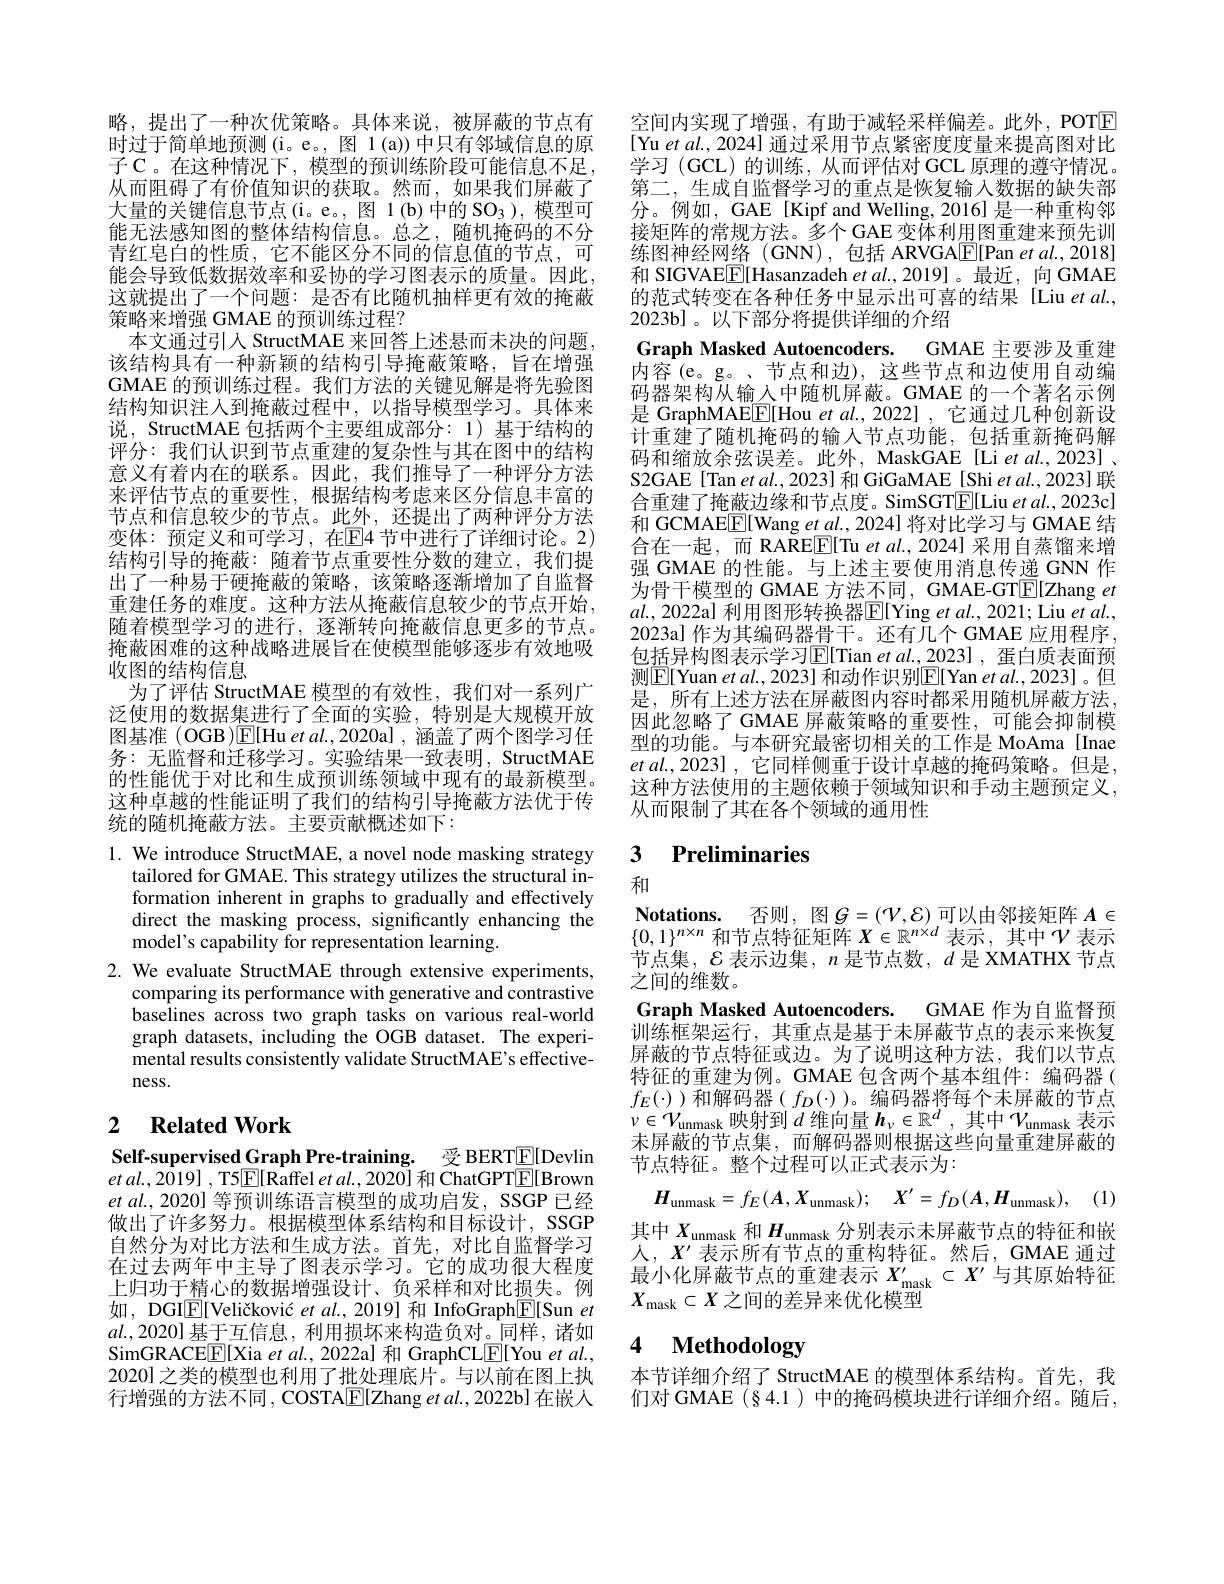
略，提出了一种次优策略。具体来说，被屏蔽的节点有时过于简单地预测(i。e。, 图 1(a))中只有邻域信息的原子 C。在这种情况下，模型的预训练阶段可能信息不足从而阻碍了有价值知识的获取。然而，如果我们屏蔽了大量的关键信息节点(i。e。,图1(b)中的SO_3),模型可能无法感知图的整体结构信息。总之，随机掩码的不分青红皂白的性质，它不能区分不同的信息值的节点，可能会导致低数据效率和妥协的学习图表示的质量。因此， 这就提出了一个问题：是否有比随机抽样更有效的掩蔽策略来增强 GMAE 的预训练过程？
本文通过引人 StructMAE 来回答上述悬而未决的问题该结构具有一种新颖的结构引导掩蔽策略，旨在增强GMAE 的预训练过程。我们方法的关键见解是将先验图结构知识注人到掩蔽过程中，以指导模型学习。具体来说，StructMAE 包括两个主要组成部分：1)基于结构的评分：我们认识到节点重建的复杂性与其在图中的结构意义有着内在的联系。因此，我们推导了一种评分方法来评估节点的重要性，根据结构考虑来区分信息丰富的节点和信息较少的节点。此外，还提出了两种评分方法变体：预定义和可学习，在$\mathbb{E}$4节中进行了详细讨论。2) 结构引导的掩蔽：随着节点重要性分数的建立，我们提出了一种易于硬掩蔽的策略，该策略逐渐增加了自监督重建任务的难度。这种方法从掩蔽信息较少的节点开始， 随着模型学习的进行，逐渐转向掩蔽信息更多的节点。掩蔽困难的这种战略进展旨在使模型能够逐步有效地吸收图的结构信息
为了评估 StructMAE 模型的有效性，我们对一系列广泛使用的数据集进行了全面的实验，特别是大规模开放图基准 (OGB)$\mathbb{E}[$Hu et al.,2020a] , 涵盖了两个图学习任务：无监督和迁移学习。实验结果一致表明，StructMAE 的性能优于对比和生成预训练领域中现有的最新模型。这种卓越的性能证明了我们的结构引导掩蔽方法优于传统的随机掩蔽方法。主要贡献概述如下：

1. We introduce StructMAE, a novel node masking strategy
tailored for GMAE. This strategy utilizes the structural information inherent in graphs to gradually and effectively direct the masking process, significantly enhancing the model's capability for representation learning.
2. We evaluate StructMAE through extensive experiments,
comparing its performance with generative and contrastive baselines across two graph tasks on various real-world graph datasets, including the OGB dataset. The experimental results consistently validate StructMAE's effectiveness.

## 2 $\textbf{Related Work}$

Self-supervised Graph Pre-training. 受 BERT$\underline{\mathrm{E}}[$Devlin $et$ $al. , 2019]$ , T5$\underline {{\mathrm{E} }}[$Raffel et al.,2020] 和 ChatGPT$\underline{\mathrm{E}}[$Brown $etal.,2020]$等预训练语言模型的成功启发，SSGP 已经做出了许多努力。根据模型体系结构和目标设计，SSGP 自然分为对比方法和生成方法。首先，对比自监督学习在过去两年中主导了图表示学习。它的成功很大程度上归功于精心的数据增强设计、负采样和对比损失。例如，DGI$\underline{\mathbb{E}}[$Veličković $etal.,2019]$和 InfoGraph$\underline{\mathbb{E}}[$Sun $et$ $al.,2020]$基于互信息，利用损坏来构造负对。同样 , 诸如SimGRACE$\boxed{\mathrm{F}}[$Xia et al., 2022a] 和 GraphCLE[You et al., 2020] 之类的模型也利用了批处理底片。与以前在图上执行增强的方法不同，COSTA[E[Zhang et al., 2022b] 在嵌人

空间内实现了增强，有助于减轻采样偏差。此外，POTE [Yu et al., 2024] 通过采用节点紧密度度量来提高图对比学习(GCL)的训练，从而评估对 GCL 原理的遵守情况。第二，生成自监督学习的重点是恢复输入数据的缺失部分。例如，GAE[Kipf and Welling, 2016] 是一种重构邻接矩阵的常规方法。多个GAE 变体利用图重建来预先训练图神经网络(GNN),包括 ARVGA[F[Pan et al.,2018] 和 SIGVAE$\boxed{\mathrm{F}}[$Hasanzadeh $et\textit{al. , 2019] 。最 近 , 向 GMAE}$ 的范式转变在各种任务中显示出可喜的结果 [Liu et al., 2023b]。以下部分将提供详细的介绍
Graph Masked Autoencoders. GMAE 主要涉及重建内容(e。g。、节点和边),这些节点和边使用自动编码器架构从输入中随机屏蔽。GMAE 的一个著名示例是 GraphMAE$\underline{\mathrm{E}}[$Hou et al.,2022] ,它通过几种创新设计重建了随机掩码的输入节点功能，包括重新掩码解码和缩放余弦误差。此外，MaskGAE [Li et al.,2023] . S2GAE[Tan et al., 2023] 和 GiGaMAE[Shi et al., 2023] 联合重建了掩蔽边缘和节点度。SimSGT$\boxed{\mathrm{E}}[$Liu et al., 2023c] 和 GCMAE$\boxed{\mathrm{F}}[$Wang $et\underline{al},2024]$将对比学习与 GMAE 结合在一起，而 RAREE[Tu et al., 2024] 采用自蒸馏来增强 GMAE 的性能。与上述主要使用消息传递 GNN 作为骨干模型的 GMAE 方法不同 , GMAE-GT$\overline{\mathrm{E}}[$Zhang $et$ $al.$, 2022a] 利用图形转换器$\boxed{\mathrm{E}}[$Ying et al., 2021; Liu et al., 2023a] 作为其编码器骨干。还有几个 GMAE 应用程序， 包括异构图表示学习$\operatorname{E}[$Tian et al.,2023] , 蛋白质表面预测$\boxed{\mathrm{E}[\text{Yuan et al., 2023] 和动作识别}}\boxed{\mathrm{E}[\text{Yan et al., 2023]。但}}$ 是，所有上述方法在屏蔽图内容时都采用随机屏蔽方法， 因此忽略了 GMAE 屏蔽策略的重要性，可能会抑制模型的功能。与本研究最密切相关的工作是 MoAma [Inae $etal.,2023]$,它同样侧重于设计卓越的掩码策略。但是， 这种方法使用的主题依赖于领域知识和手动主题预定义， 从而限制了其在各个领域的通用性

## 3 Preliminaries

和
$\textbf{Notations. 否 则 , 图 }G= ( \mathcal{V} , \mathcal{E} )$可以由邻接矩阵 $A\in$ $\{0,1\}^{n\times n}$和节点特征矩阵$X\in\mathbb{R}^n\times d$表示 ,其中$\mathcal{V}$表示节点集，$\mathcal{E}$表示边集，$n$是节点数，$d$是 XMATHX 节点之间的维数。
Graph Masked Autoencoders. GMAE 作为自监督预训练框架运行，其重点是基于未屏蔽节点的表示来恢复屏蔽的节点特征或边。为了说明这种方法，我们以节点特征的重建为例。GMAE 包含两个基本组件：编码器( $f_{E}(\cdot)$ )和解码器( $f_D(\cdot)$)。编码器将每个未屏蔽的节点$\nu\in\mathcal{V}_\text{unmask 映射到 }d$维向量$\boldsymbol h_\nu\in\mathbb{R}^d$,其中$\mathcal{V}_\text{unmask 表示}$ 未屏蔽的节点集，而解码器则根据这些向量重建屏蔽的节点特征。整个过程可以正式表示为：
$\boldsymbol{H}_{\mathrm{unmask}}= f_{E}( \boldsymbol{A}, \boldsymbol{X}_{\mathrm{unmask}}) ;$ $\boldsymbol{X}^{\prime }= f_{D}( \boldsymbol{A}, \boldsymbol{H}_{\mathrm{unmask}}) $, (1) 其中$X_\mathrm{unmask}$和$H_\mathrm{unmask}$分别表示未屏蔽节点的特征和嵌人，$X^{\prime}$表示所有节点的重构特征。然后，GMAE 通过最小化屏蔽节点的重建表示$X_\mathrm{mask}^{\prime}\subset X^{\prime}$与其原始特征$X_\mathrm{mask}\subset X$之间的差异来优化模型

## 4 $\textbf{Methodology}$

本节详细介绍了 StructMAE 的模型体系结构。首先，我们对 GMAE (§4.1 )中的掩码模块进行详细介绍。随后，